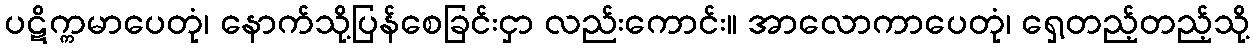
ပဋိက္ကမာပေတုံ၊ နောက်သို့ပြန်စေခြင်းငှာ လည်းကောင်း။ အာလောကာပေတုံ၊ ရှေ့တည့်တည့်သို့